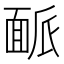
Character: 𩈛